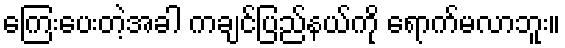
ကြေးပေးတဲ့အခါ ကချင်ပြည်နယ်ကို ရောက်မလာဘူး။